Indian Civil Veterinary Department memoirs
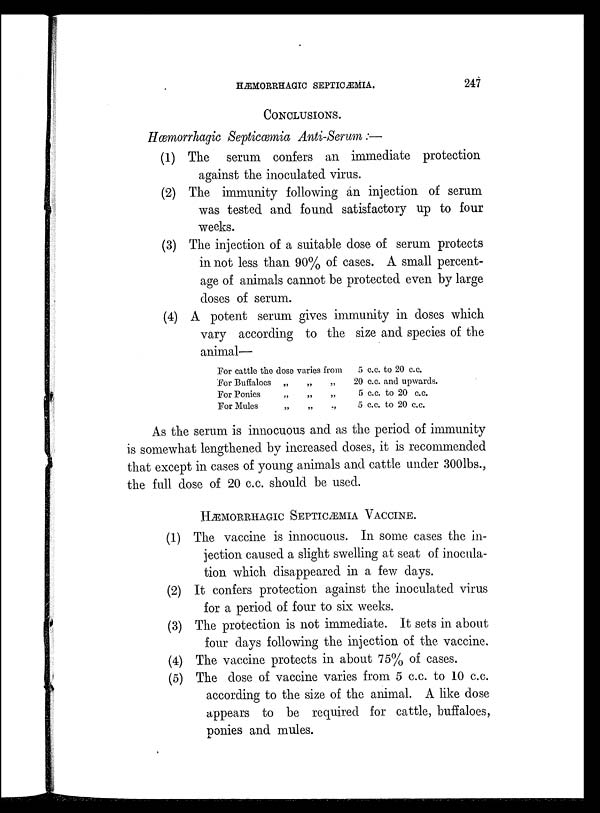
HÆMORRHAGIC SEPTIOÆMIA. 247
CONCLUSIONS.
Hæmorrhagic Septicæmia Anti-Serum:—
(1) The serum confers an immediate protection
against the inoculated virus.
(2) The immunity following an injection of serum
was tested and found satisfactory up to four
weeks.
(3) The injection of a suitable dose of serum protects
in not less than 90% of cases. A small percent-
age of animals cannot be protected even by large
doses of serum.
(4) A potent serum gives immunity in doses which
vary according to the size and species of the
animal—
For cattle the dose varies from
For Buffaloes
„
„
„
For Ponies
„
„
„
For Mules
„
„
„
5 c.c. to 20 c.c.
20 c.c. and upwards.
5 c.c. to 20 c.c.
5 c.c. to 20 c.c.
As the serum is innocuous and as the period of immunity
is somewhat lengthened by increased doses, it is recommended
that except in cases of young animals and cattle under 300lbs.,
the full dose of 20 c.c. should be used.
HÆMORRHAGIC SEPTICÆMIA VACCINE.
(1) The vaccine is innocuous. In some cases the in-
jection caused a slight swelling at seat of inocula-
tion which disappeared in a few days.
(2) It confers protection against the inoculated virus
for a period of four to six weeks.
(3) The protection is not immediate. It sets in about
four days following the injection of the, vaccine.
(4) The vaccine protects in about 75% of cases.
(5) The dose of vaccine varies from 5 c.c. to 10 c.c.
according to the size of the animal. A like dose
appears to be required for cattle, buffaloes,
ponies and mules.